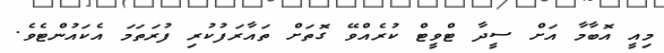
މިއީ އޮބާމާ އަށް ސީދާ ޓްވީޓް ކުރެއްވޭ ގޮތަށް ތައާރަފުކުރި ފުރަތަމަ އެކައުންޓެވެ.